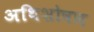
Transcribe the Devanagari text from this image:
अथिशोषण